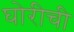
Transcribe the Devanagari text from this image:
घोरीची